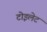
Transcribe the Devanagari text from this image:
टोइलेट